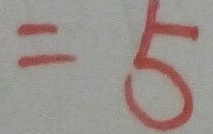
= 5